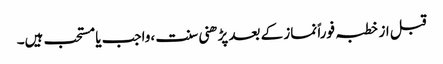
قبل از خطبہ فوراً نماز کے بعد پڑھنی سنت ،واجب یا مستحب ہیں۔